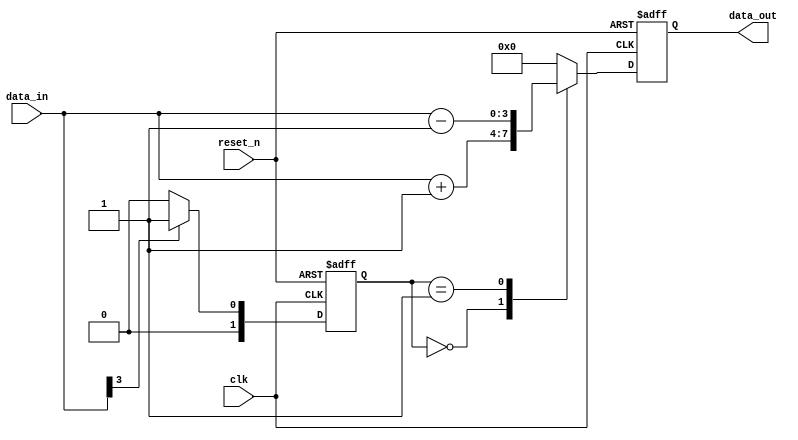
module behavior_model (
    input wire clk,
    input wire reset_n,
    input wire [3:0] data_in,
    output reg [3:0] data_out
);

    // State variable
    reg [1:0] state;

    // Task to process data and update state
    task process_data;
        input [3:0] in_data;
        begin
            // Simulated delay for processing
            #5; // 5 time units delay

            // Update state based on input data
            if (in_data[3] == 1'b1) begin
                state <= 2'b01; // Example state transition
            end else begin
                state <= 2'b00; // Default state
            end

            // Update output based on state
            case (state)
                2'b00: data_out <= in_data + 1; // Increment input data
                2'b01: data_out <= in_data - 1; // Decrement input data
                default: data_out <= 4'b0000; // Default output
            endcase
        end
    endtask

    // Continuous assignment for event-driven behavior
    always @(posedge clk or negedge reset_n) begin
        if (!reset_n) begin
            data_out <= 4'b0000; // Reset output
            state <= 2'b00; // Reset state
        end else begin
            // Call the task to process data based on input
            process_data(data_in);
        end
    end

endmodule